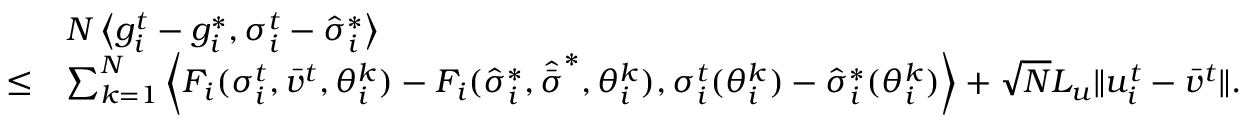
\begin{array} { r l } & { N \left< g _ { i } ^ { t } - g _ { i } ^ { * } , \sigma _ { i } ^ { t } - \hat { \sigma } _ { i } ^ { * } \right> } \\ { \leq } & { \sum _ { k = 1 } ^ { N } \left< F _ { i } ( \sigma _ { i } ^ { t } , \bar { v } ^ { t } , \theta _ { i } ^ { k } ) - F _ { i } ( \hat { \sigma } _ { i } ^ { * } , \hat { \bar { \sigma } } ^ { * } , \theta _ { i } ^ { k } ) , \sigma _ { i } ^ { t } ( \theta _ { i } ^ { k } ) - \hat { \sigma } _ { i } ^ { * } ( \theta _ { i } ^ { k } ) \right> + \sqrt { N } L _ { u } \lVert u _ { i } ^ { t } - \bar { v } ^ { t } \rVert . } \end{array}